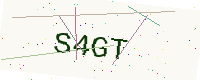
Text: S4GT